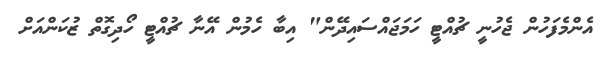
އެންމެފަހުން ޖެހުނީ ޗުއްޓީ ހަމަޖައްސައިދޭން" އިބާ ހެމުން އޭނާ ޗުއްޓީ ހޯދިގޮތް ޒުކަންއަށް